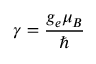
\gamma = \frac { g _ { e } \mu _ { B } } { \hbar }